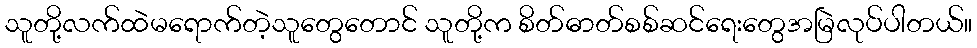
သူတို့လက်ထဲမရောက်တဲ့သူတွေတောင် သူတို့က စိတ်ဓာတ်စစ်ဆင်ရေးတွေအမြဲလုပ်ပါတယ်။